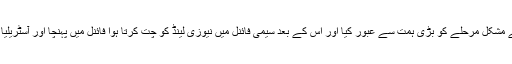
ویسٹ انڈیز نے پاکستان کے خلاف میچ کے مشکل مرحلے کو بڑی ہمت سے عبور کیا اور اس کے بعد سیمی فائنل میں نیوزی لینڈ کو چت کرتا ہوا فائنل میں پہنچا اور آسٹریلیا کو شکست دے کر پہلا عالمی کپ جیت لیا۔